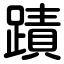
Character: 蹟